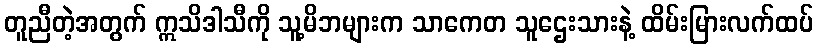
တူညီတဲ့အတွက် ဣသိဒါသီကို သူ့မိဘများက သာကေတ သူဌေးသားနဲ့ ထိမ်းမြားလက်ထပ်